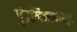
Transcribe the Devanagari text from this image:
पुंडलिकापासून